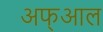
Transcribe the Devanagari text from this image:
अफ्आल